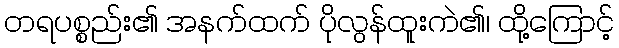
တရပစ္စည်း၏ အနက်ထက် ပိုလွန်ထူးကဲ၏၊ ထို့ကြောင့်